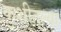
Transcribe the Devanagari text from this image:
कुशीतल्या